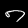
Digit: 7